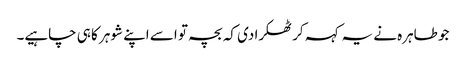
جو طاہرہ نے یہ کہہ کر ٹھکرا دی کہ بچہ تو اسے اپنے شوہر کا ہی چاہیے۔